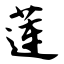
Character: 莲